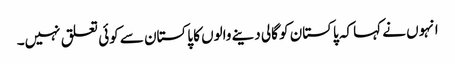
انہوں نے کہا کہ پاکستان کو گالی دینے والوں کا پاکستان سے کوئی تعلق نہیں۔